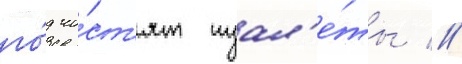
го́д чи́ст'ят туал'е́ты //